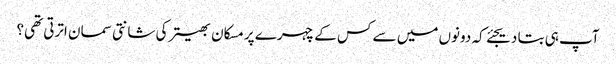
آپ ہی بتا دیجئے کہ دونوں میں سے کس کے چہرے پر مسکان بھیتر کی شانتی سمان اترتی تھی؟